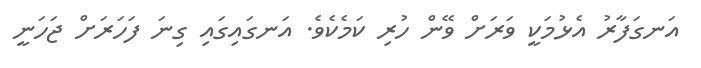
އަނގަފާރު އެޅުމަކީ ވަރަށް ވޭން ހުރި ކަމެކެވެ. އަނގައިގައި ގިނަ ފަހަރަށް ޖަހަނީ